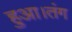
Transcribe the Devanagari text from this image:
हुआ।तंग